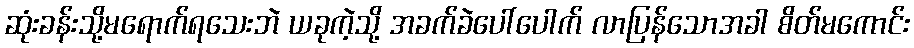
ဆုံးခန်းသို့မရောက်ရသေးဘဲ ယခုကဲ့သို့ အခက်ခဲပေါ်ပေါက် လာပြန်သောအခါ စိတ်မကောင်း